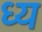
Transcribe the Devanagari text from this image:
ध्य